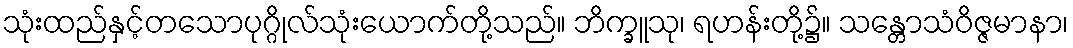
သုံးထည်နှင့်တသောပုဂ္ဂိုလ်သုံးယောက်တို့သည်။ ဘိက္ခူသု၊ ရဟန်းတို့၌။ သန္တောသံဝိဇ္ဇမာနာ၊